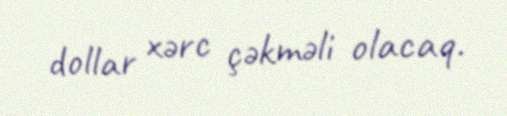
dollar xərc çəkməli olacaq.